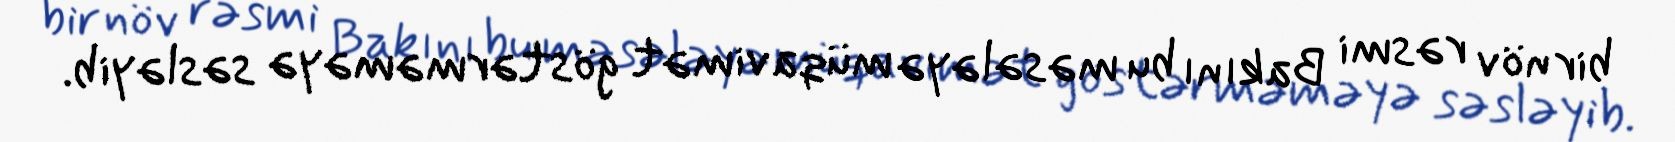
bir növ rəsmi Bakını bu məsələyə müqavimət göstərməməyə səsləyib.